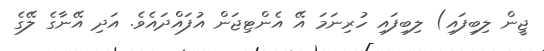
ޖީން ލިބިފައި) ލިބިފައި ހުރިނަމަ އޭ އެންޓިޖަން އުފައްދައެވެ. އަދި އޭނާގެ ލޭގެ